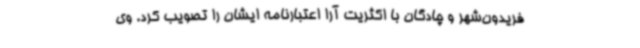
فریدون‌شهر و چادگان با اکثریت آرا اعتبارنامه ایشان را تصویب کرد. وی